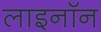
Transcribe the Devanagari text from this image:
लाइनॉन